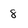
Character: 8